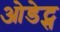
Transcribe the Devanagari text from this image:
ओडेट्स